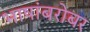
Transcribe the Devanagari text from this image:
भाषांबरोबर